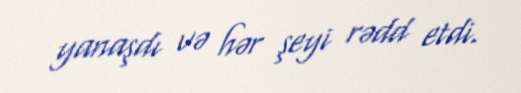
yanaşdı və hər şeyi rədd etdi.